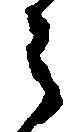
々